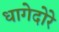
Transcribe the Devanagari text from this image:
धागेदोरे